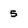
Character: 5